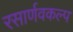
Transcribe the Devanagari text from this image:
रसार्णवकल्प